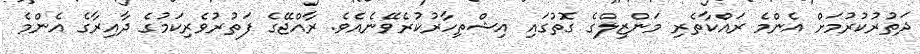
ދަތުރުކުރުމަށް އެންމެ ރައްކާތެރި މަންޒިލްގެ ގޮތުގައި އިޝްތިހާރުކުރެވޭނެއެވެ. ރާއްޖޭގެ ފަތުރުވެރިކަމުގެ ދާއިރާގެ އެންމެ